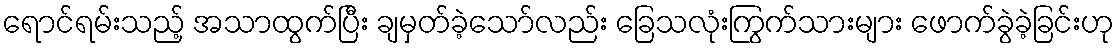
ရောင်ရမ်းသည့် အသာထွက်ပြီး ချမှတ်ခဲ့သော်လည်း ခြေသလုံးကြွက်သားများ ဖောက်ခွဲခဲ့ခြင်းဟု